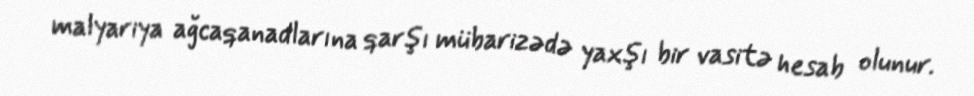
malyariya ağcaqanadlarına qarşı mübarizədə yaxşı bir vasitə hesab olunur.